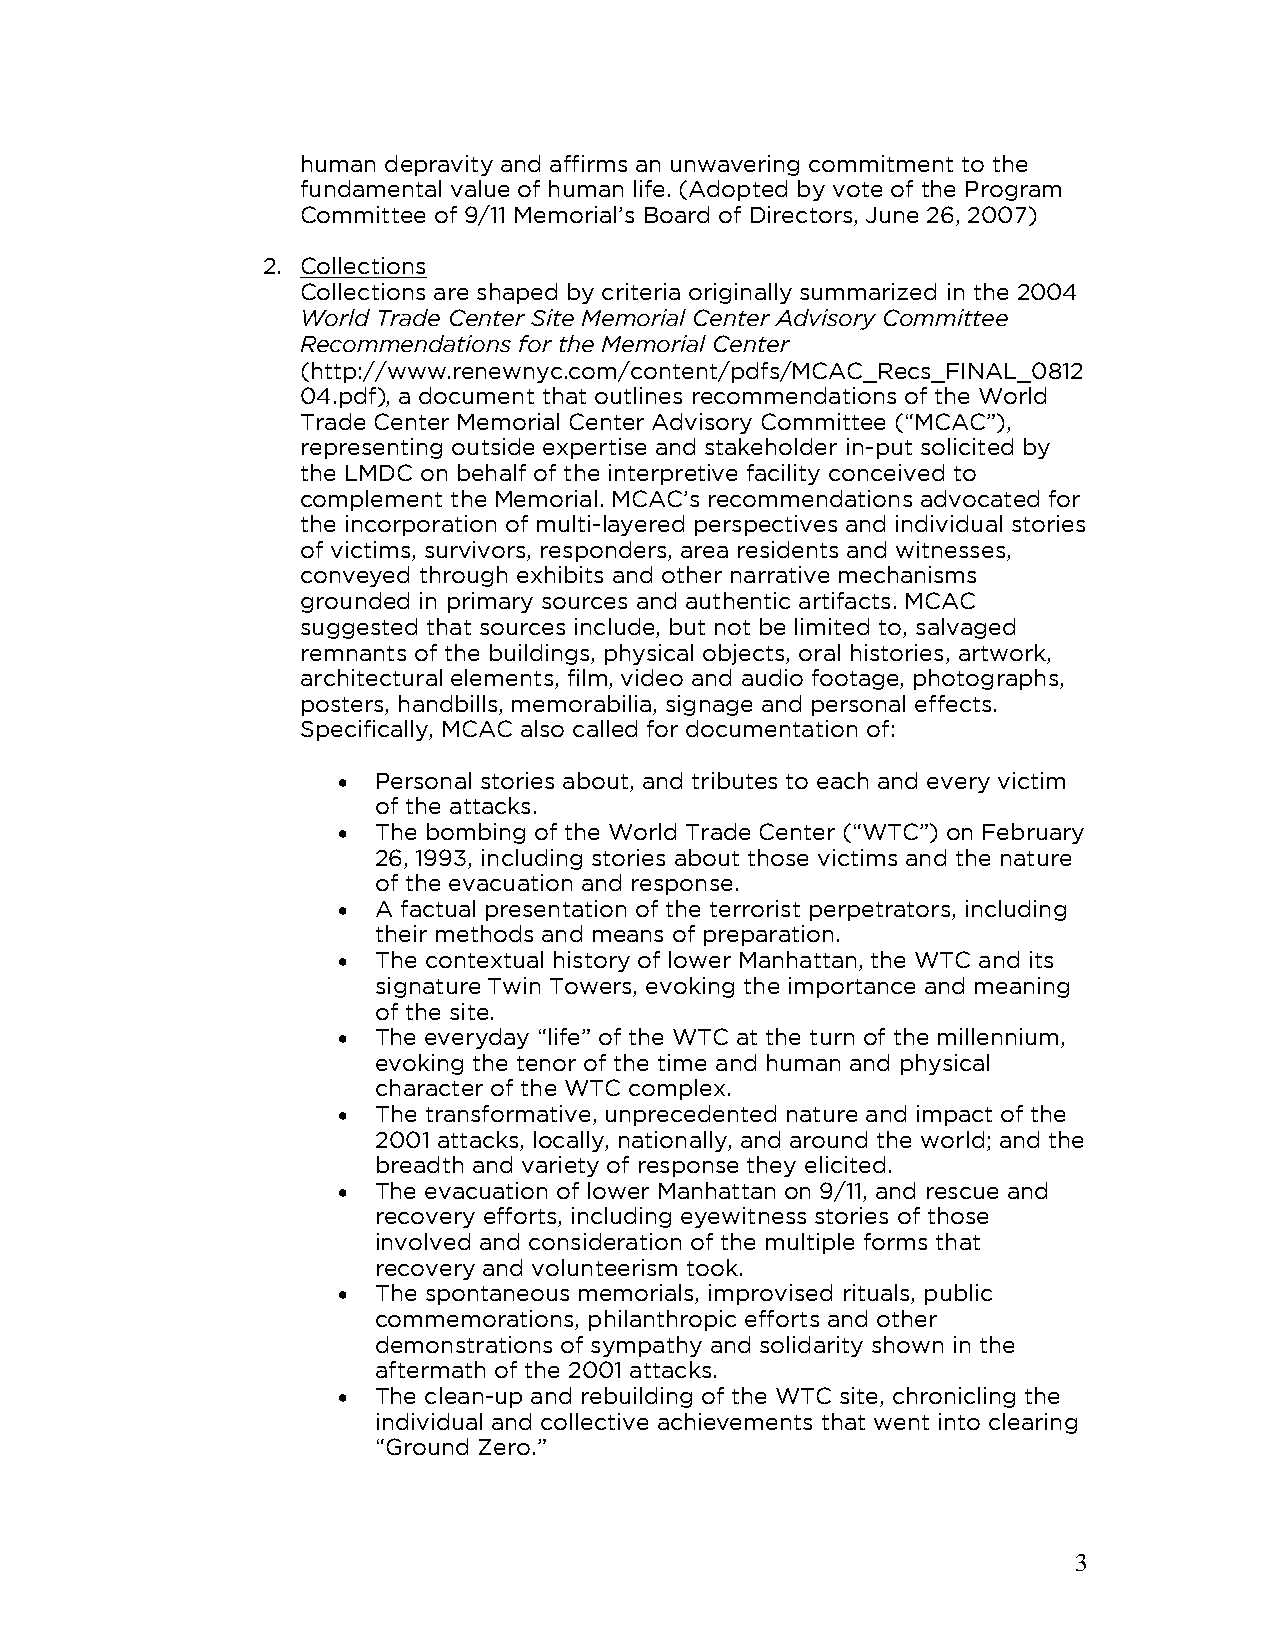
human depravity and affirms an unwavering commitment to the
 fundamental value of human life. (Adopted by vote of the Program
 Committee of 9/11 Memorial’s Board of Directors, June 26, 2007)
 2. Collections
 Collections are shaped by criteria originally summarized in the 2004
 World Trade Center Site Memorial Center Advisory Committee
 Recommendations for the Memorial Center
 (http://www.renewnyc.com/content/pdfs/MCAC_Recs_FINAL_0812
 04.pdf), a document that outlines recommendations of the World
 Trade Center Memorial Center Advisory Committee (“MCAC”),
 representing outside expertise and stakeholder in-put solicited by
 the LMDC on behalf of the interpretive facility conceived to
 complement the Memorial. MCAC’s recommendations advocated for
 the incorporation of multi-layered perspectives and individual stories
 of victims, survivors, responders, area residents and witnesses,
 conveyed through exhibits and other narrative mechanisms
 grounded in primary sources and authentic artifacts. MCAC
 suggested that sources include, but not be limited to, salvaged
 remnants of the buildings, physical objects, oral histories, artwork,
 architectural elements, film, video and audio footage, photographs,
 posters, handbills, memorabilia, signage and personal effects.
 Specifically, MCAC also called for documentation of:
 •  Personal stories about, and tributes to each and every victim
 of the attacks.
 •  The bombing of the World Trade Center (“WTC”) on February
 26, 1993, including stories about those victims and the nature
 of the evacuation and response.
 •  A factual presentation of the terrorist perpetrators, including
 their methods and means of preparation.
 •  The contextual history of lower Manhattan, the WTC and its
 signature Twin Towers, evoking the importance and meaning
 of the site.
 •  The everyday “life” of the WTC at the turn of the millennium,
 evoking the tenor of the time and human and physical
 character of the WTC complex.
 •  The transformative, unprecedented nature and impact of the
 2001 attacks, locally, nationally, and around the world; and the
 breadth and variety of response they elicited.
 •  The evacuation of lower Manhattan on 9/11, and rescue and
 recovery efforts, including eyewitness stories of those
 involved and consideration of the multiple forms that
 recovery and volunteerism took.
 •  The spontaneous memorials, improvised rituals, public
 commemorations, philanthropic efforts and other
 demonstrations of sympathy and solidarity shown in the
 aftermath of the 2001 attacks.
 •  The clean-up and rebuilding of the WTC site, chronicling the
 individual and collective achievements that went into clearing
 “Ground Zero.”
 3